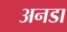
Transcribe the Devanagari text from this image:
अनडा